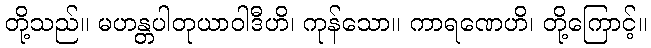
တို့သည်။ မဟန္တပါတုယာဝါဒီဟိ၊ ကုန်သော။ ကာရဏေဟိ၊ တို့ကြောင့်။